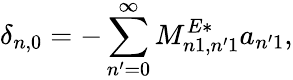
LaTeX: \delta_{n,0}=-\sum_{n^{\prime}=0}^{\infty}M_{n1,n^{\prime}1}^{E*}a_{n^{\prime}1},